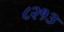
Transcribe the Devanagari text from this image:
८२१३